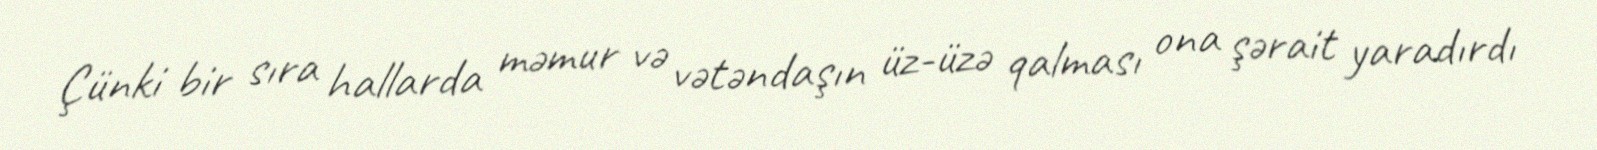
Çünki bir sıra hallarda məmur və vətəndaşın üz-üzə qalması ona şərait yaradırdı